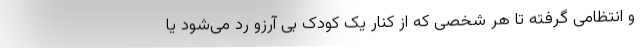
و انتظامی گرفته تا هر شخصی که از کنار یک کودک بی آرزو رد می‌شود یا